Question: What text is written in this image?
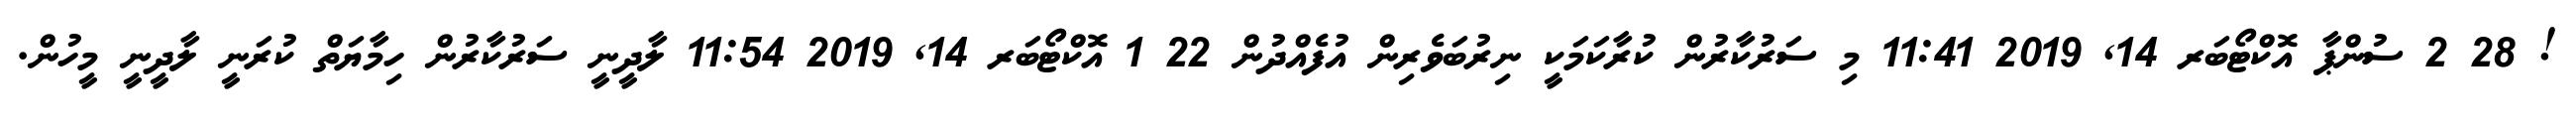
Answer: ! 28 2 ސުންޕާ އޮކްޓޯބަރ 14, 2019 11:41 މި ސަރުކާރުން ކުރާކަމަކީ ނިރުބަވެރިން އުފެއްދުން 22 1 އޮކްޓޯބަރ 14, 2019 11:54 ލާދީނީ ސަރުކާރުން ހިމާޔަތް ކުރަނީ ލާދީނީ މީހުން.